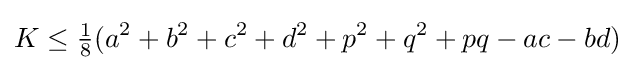
K\leq {\tfrac {1}{8}}(a^{2}+b^{2}+c^{2}+d^{2}+p^{2}+q^{2}+pq-ac-bd)